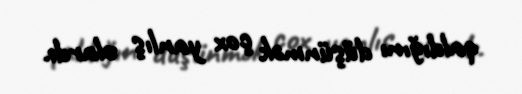
qaldığını düşünmək çox yanlış olardı.